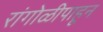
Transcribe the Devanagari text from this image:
रांगोळीपाहून